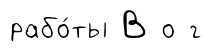
рабо́ты В о г